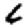
Digit: 6